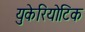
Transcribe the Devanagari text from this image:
युकेरियोटिक